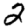
Digit: 2